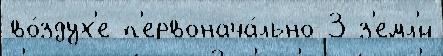
во́здух'е п'ервонача́льно 3 з'емл'́й